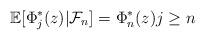
LaTeX: \begin{align*}\mathbb{E}[\Phi_{j}^*(z) | \mathcal{F}_n] = \Phi_n^*(z) j \geq n\end{align*}